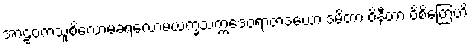
အာဠဝကသူစိလောမခရလောမယက္ခသက္ကဒေဝရာဇာဒယော ဒမိတာ ဝိနီတာ ဝိစိတြေဟိ